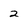
Character: 2